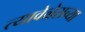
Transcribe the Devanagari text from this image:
त्यावेळेसच्या